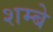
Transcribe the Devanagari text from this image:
शम्बे